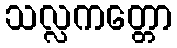
သလ္လကတ္တော